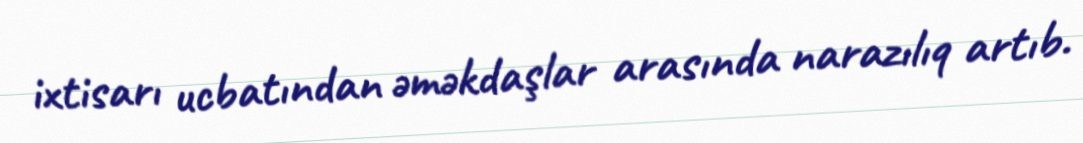
ixtisarı ucbatından əməkdaşlar arasında narazılıq artıb.